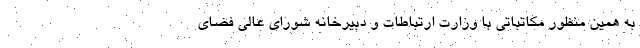
به همین منظور مکاتباتی با وزارت ارتباطات و دبیرخانه شورای عالی فضای